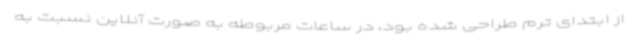
از ابتدای ترم طراحی شده بود، در ساعات مربوطه به صورت آنلاین نسبت به